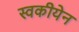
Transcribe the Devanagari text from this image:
स्वकीयेन